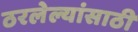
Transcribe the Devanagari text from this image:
ठरलेल्यांसाठी